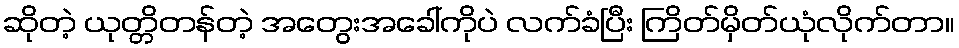
ဆိုတဲ့ ယုတ္တိတန်တဲ့ အတွေးအခေါ်ကိုပဲ လက်ခံပြီး ကြိတ်မှိတ်ယုံလိုက်တာ။